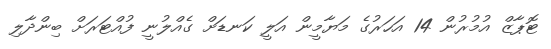
ޓޮޕާޒް އުމުރުން 14 އަހަރުގެ މަޔާމީން އަލީ ކަނޑަށް ގެއްލުނީ ފުއްޓަރަށް ބިންދާލި